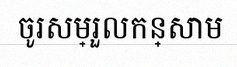
ចូរសម្រួលកន្សោម